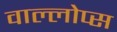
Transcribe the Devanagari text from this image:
वाल्लोप्स